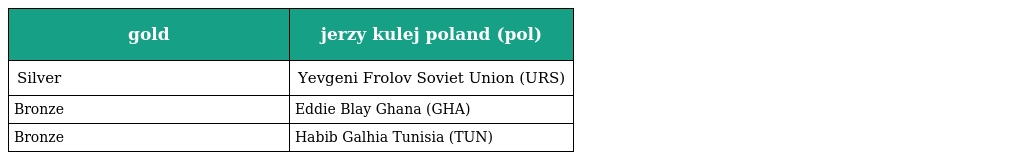
| gold | jerzy kulej poland (pol) |
 | --- | --- |
 | Silver | Yevgeni Frolov Soviet Union (URS) |
 | Bronze | Eddie Blay Ghana (GHA) |
 | Bronze | Habib Galhia Tunisia (TUN) |